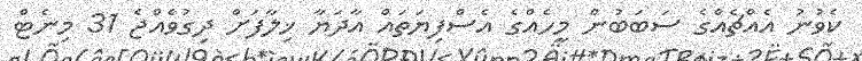
ކެވުނު އެއްޗެއްގެ ސަބަބުން މީހެއްގެ އެސްފިޔަތައް އާދަޔާ ޚިލާފަށް ދިގުވެއްޖެ 31 މިނެޓް